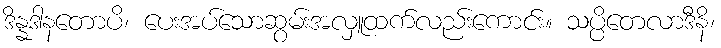
ဒိန္နဒါနတောပိ၊ ပေးအပ်သောဆွမ်းအလှူထက်လည်းကောင်း။ သပ္ပိတေလာဒီနိ၊